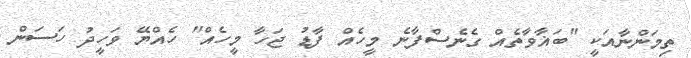
ތިމަންނާއަކީ "ބަޣާވާތެއް ގެނެސްފާނެ މީހެއް ފާޑު ޖަހާ މީހެއް" ހެއްޔޭ ވަހީދު ހަސަން